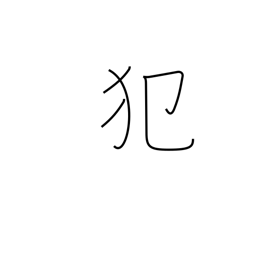
Meaning: sin